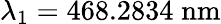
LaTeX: \lambda_{1}=468.2834\; \mathrm{nm}